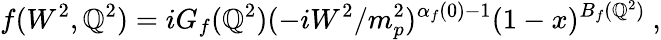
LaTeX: f(W^{2},\mathbb{Q}^{2})=iG_{f}(\mathbb{Q}^{2})(-iW^{2}/m_{p}^{2})^{\alpha_{f}(0)-1}(1-x)^{B_{f}(\mathbb{Q}^{2})}\ ,